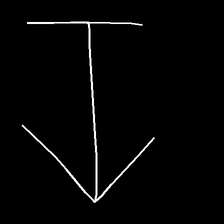
Glyph: levitation